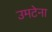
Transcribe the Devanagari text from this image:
उमटेना